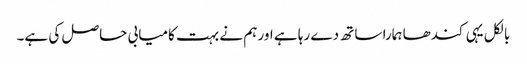
بالکل یہی کندھا ہمارا ساتھ دے رہا ہے اور ہم نے بہت کامیابی حاصل کی ہے۔